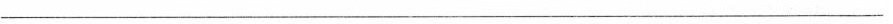
_______________